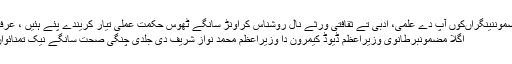
گزشتہ مضموننینگراںکوں آپ دے علمی، ادبی تے ثقافتی ورثے نال روشناس کراونڑ سانگے ٹھوس حکمت عملی تیار کریندے پئے ہئیں ، عرفان صدیقی
اگلا مضمونبرطانوی وزیراعظم ڈیوڈ کیمرون دا وزیراعظم محمد نواز شریف دی جلدی چنگی صحت سانگے نیک تمنائواں دا اظہار